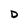
Character: D